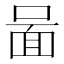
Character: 𠷰